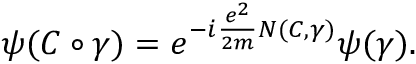
\psi ( { \cal C } \circ \gamma ) = e ^ { - i \frac { e ^ { 2 } } { 2 m } N ( { \cal C } , \gamma ) } \psi ( \gamma ) .